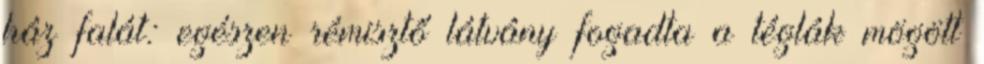
ház falát: egészen rémisztő látvány fogadta a téglák mögött